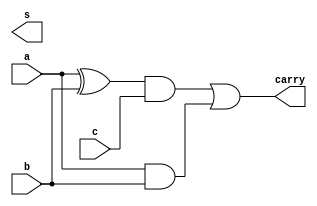
module problem2_2 (input a ,input b,input c,output s, output carry);
    wire a_out, b_out;

    xor (a_out, a, b);
    and (b_out, a, b);
    xor (sum, a_out, c);
    and (c_out, a_out, c);
    or (carry, c_out, b_out);
endmodule